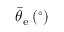
\bar { \theta } _ { \mathrm { e } } \: ( ^ { \circ } )